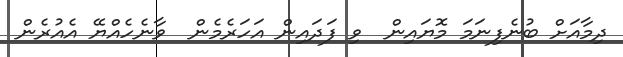
ދިމާއަށް ބުނެފިނަމަ މޮޔައިން  ވި ފަދައިން އަހަރެމެން  ވާނެހެއްޔޭ އެއުރެން